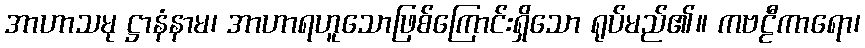
အာဟာသမု ဋ္ဌာနံနာမ၊ အာဟာရဟူသောဖြစ်ကြောင်းရှိသော ရုပ်မည်၏။ ကဗဠီကာရော၊